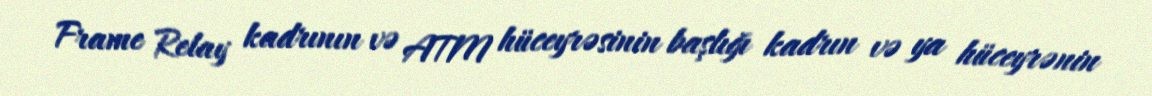
Frame Relay kadrının və ATM hüceyrəsinin başlığı kadrın və ya hüceyrənin